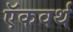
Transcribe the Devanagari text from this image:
ऍकवर्थ